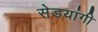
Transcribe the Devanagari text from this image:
सेडयांगी